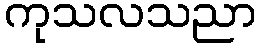
ကုသလသညာ